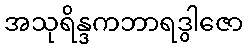
အသုရိန္ဒကဘာရဒွါဇော